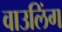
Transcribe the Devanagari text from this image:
वाउलिंग